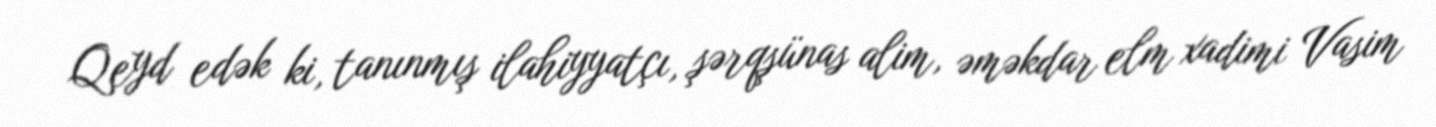
Qeyd edək ki, tanınmış ilahiyyatçı, şərqşünas alim, əməkdar elm xadimi Vasim